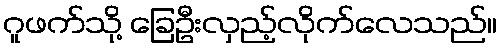
ဂူဖက်သို့ ခြေဦးလှည့်လိုက်လေသည်။